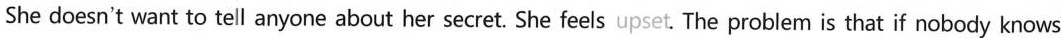
She doesn't want to tell anyone about her secret. She feels upset. The problem is that if nobody knows